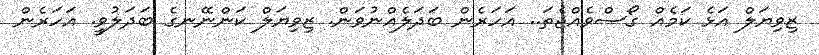
ޒިވިޔަލް އަޅެ ކަމެއް ގޯސްވެއްޖެތަ.. އަހަރެން ބަދަލެއްނުވަން. ޒިވިޔަލް ކަންނޭނގެ ބަދަލުވީ. އަހަރެން